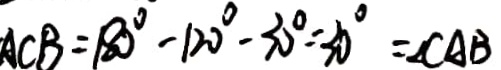
A C B = 1 8 0 ^ { \circ } - 1 2 0 ^ { \circ } - 3 0 ^ { \circ } = 3 0 ^ { \circ } = \angle C A B